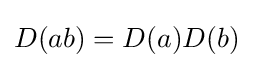
D(ab)=D(a)D(b)